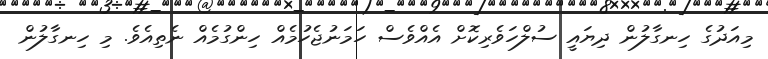
މިއަދުގެ ހިނގާލުން ދިޔައީ ސުލްހަވެރިކޮށް އެއްވެސް ހަމަނުޖެހުމެއް ހިންގުމެއް ނެތިއެވެ. މި ހިނގާލުން